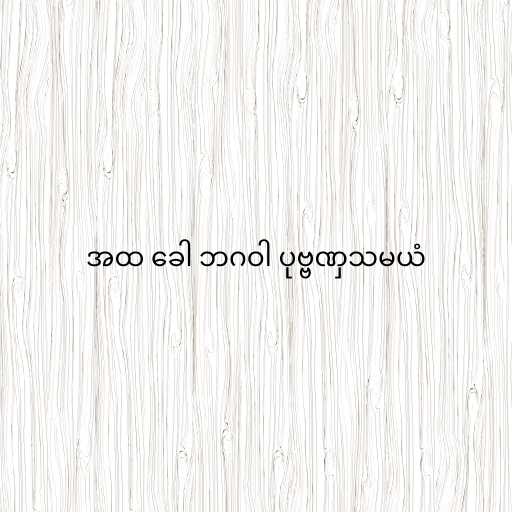
အထ ခေါ ဘဂဝါ ပုဗ္ဗဏှသမယံ